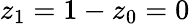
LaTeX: z_{1}=1-z_{0}=0